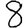
Digit: 8